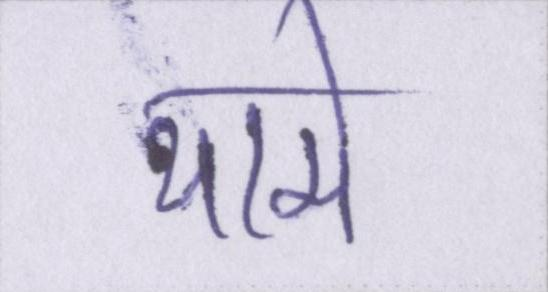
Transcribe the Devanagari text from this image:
थामे